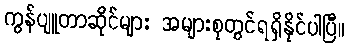
ကွန်ပျူတာဆိုင်များ အများစုတွင်ရရှိနိုင်ပါပြီ။